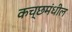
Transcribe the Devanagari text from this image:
कच्छमंधील